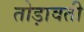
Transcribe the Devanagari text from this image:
तोड़ावती